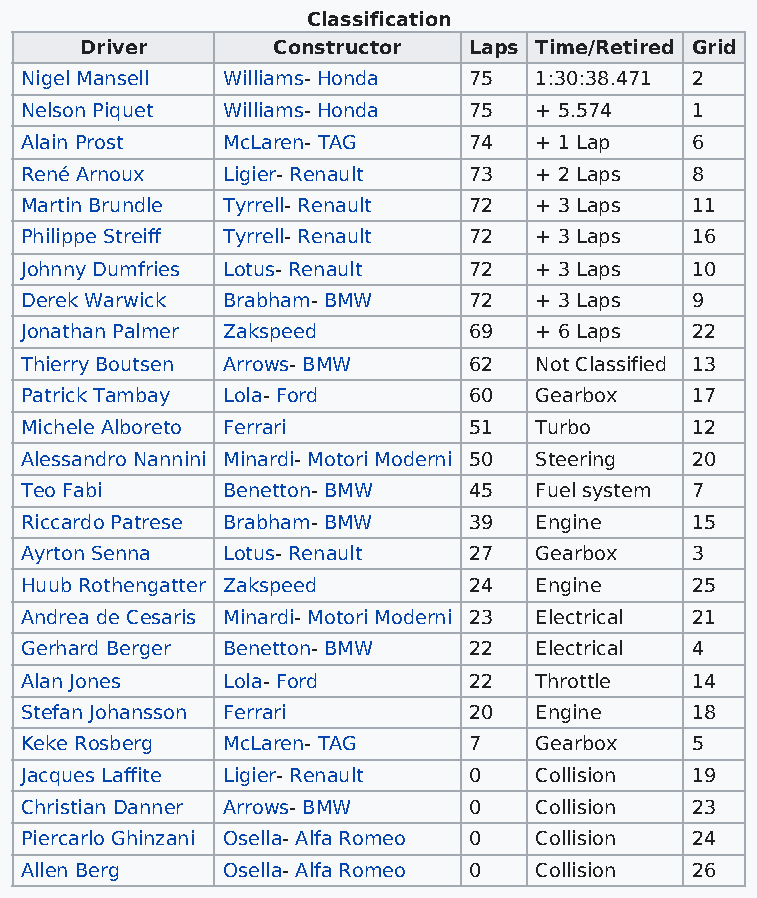
Classification
 Driver       Constructor  Laps Time/Retired Grid
 Nigel Mansell Williams- Honda 75  1:30:38.471 2
 Nelson Piquet Williams- Honda 75  + 5.574    1
 Alain Prost   McLaren- TAG    74  + 1 Lap    6
 René Arnoux   Ligier- Renault 73  + 2 Laps   8
 Martin Brundle Tyrrell- Renault 72 + 3 Laps  11
 Philippe Streiff Tyrrell- Renault 72 + 3 Laps 16
 Johnny Dumfries Lotus- Renault 72 + 3 Laps   10
 Derek Warwick Brabham- BMW    72  + 3 Laps   9
 Jonathan Palmer Zakspeed      69  + 6 Laps   22
 Thierry Boutsen Arrows- BMW   62  Not Classified 13
 Patrick Tambay Lola- Ford     60  Gearbox    17
 Michele Alboreto Ferrari      51  Turbo      12
 Alessandro Nannini Minardi- Motori Moderni 50 Steering 20
 Teo Fabi      Benetton- BMW   45  Fuel system 7
 Riccardo Patrese Brabham- BMW 39  Engine     15
 Ayrton Senna  Lotus- Renault  27  Gearbox    3
 Huub Rothengatter Zakspeed    24  Engine     25
 Andrea de Cesaris Minardi- Motori Moderni 23 Electrical 21
 Gerhard Berger Benetton- BMW  22  Electrical 4
 Alan Jones    Lola- Ford      22  Throttle   14
 Stefan Johansson Ferrari      20  Engine     18
 Keke Rosberg  McLaren- TAG    7   Gearbox    5
 Jacques Laffite Ligier- Renault 0 Collision  19
 Christian Danner Arrows- BMW  0   Collision  23
 Piercarlo Ghinzani Osella- Alfa Romeo 0 Collision 24
 Allen Berg    Osella- Alfa Romeo 0 Collision 26